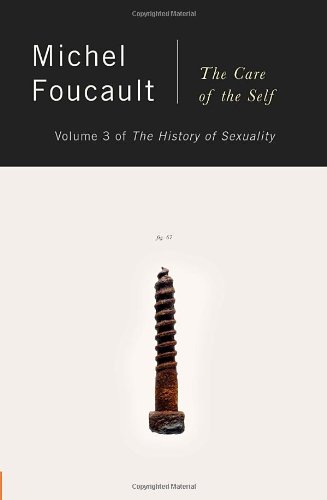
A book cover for The History of Sexuality, Vol. 3: The Care of the Self; Michel Foucault; Politics & Social Sciences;